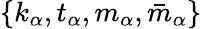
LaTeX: \{ k_{\alpha},t_{\alpha},m_{\alpha},\bar{m}_{\alpha}\}